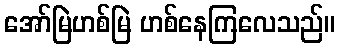
အော်မြဲဟစ်မြဲ ဟစ်နေကြလေသည်။